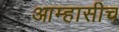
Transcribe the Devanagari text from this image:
आम्हासीच